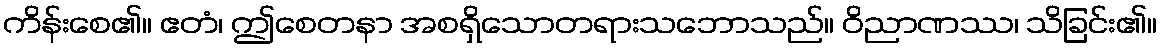
ကိန်းစေ၏။ ဧတံ၊ ဤစေတနာ အစရှိသောတရားသဘောသည်။ ဝိညာဏဿ၊ သိခြင်း၏။